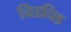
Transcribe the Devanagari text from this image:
चिडचिड